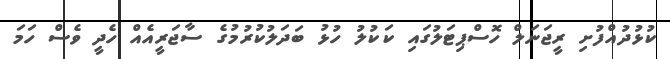
ކުޅުދުއްފުށި ރީޖަނަލް ހޮސްޕިޓަލުގައި ކަކުލު ހުޅު ބަދަލުކުރުމުގެ ސާޖަރީއެއް ހެދީ ވެސް ހަމަ